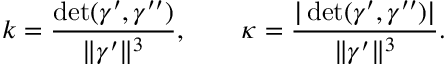
k = { \frac { \operatorname* { d e t } ( { \boldsymbol { \gamma } } ^ { \prime } , { \boldsymbol { \gamma } } ^ { \prime \prime } ) } { \| { \boldsymbol { \gamma } } ^ { \prime } \| ^ { 3 } } } , \qquad \kappa = { \frac { | \operatorname* { d e t } ( { \boldsymbol { \gamma } } ^ { \prime } , { \boldsymbol { \gamma } } ^ { \prime \prime } ) | } { \| { \boldsymbol { \gamma } } ^ { \prime } \| ^ { 3 } } } .